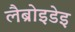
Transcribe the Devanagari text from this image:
लैब्रोइडेइ